Report of the Indian Hemp Drugs Commission, 1894-1895 - Volume VII
Year: 1894
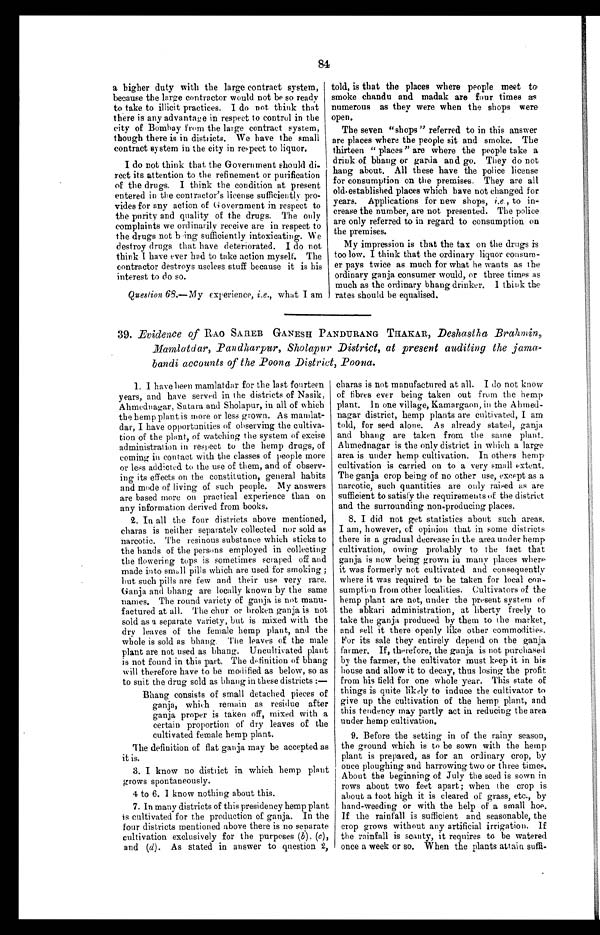
84
a higher duty with the large contract system,
because the large contractor would not be so ready
to take to illicit practices. I do not think that
there is any advantage in respect to control in the
city of Bombay from the large contract system,
though there is in districts. We have the small
contract system in the city in respect to liquor.
I do not think that the Government should di
-
rect its attention to the refinement or purification
of the drugs. I think the condition at present
entered in the contractor's license sufficiently pro-
vides for any action of Government in respect to
the purity and quality of the drugs. The only
complaints we ordinarily receive are in respect to
the drugs not being sufficiently intoxicating. We
destroy drugs that have deteriorated. I do not
think I have ever had to take action myself. The
contractor destroys useless stuff because it is his
interest to do so.
Question 68.—My experience, i.e., what I am
told, is that the places where people meet to
smoke chandu and madak are four times as
numerous as they were when the shops were
open.
The seven "shops" referred to in this answer
are places where the people sit and smoke. The
thirteen "places" are where the people take a
drink of bhang or garda and go. They do not
hang about. All these have the police license
for consumption on the premises. They are all
old. established places which have not changed for
years. Applications for new shops, i.e., to in-
crease the number, are not presented. The police
are only referred to in regard to consumption on
the premises.
My impression is that the tax on the drugs is
too low. I think that the ordinary liquor consum-
er pays twice as much for what he wants as the
ordinary ganja consumer would, or three times as
much as the ordinary bhang drinker. I think the
rates should be equalised.
39. Evidence of R AO SAHEB GANESH PANDURANG THAKAR, Deshastha Brahmin,
Mamlatdar, Pandharpur, Sholapur District, at present auditing the jama
-
bandi accounts of the Poona District, Poona.
1 . I h a v e b e e n m a m l a t d a r f o r t h e l a s t f o u r t e e n
years, and have served in the districts of Nasik,
Ahmednagar, Satara and Sholapur, in all of which
the hemp plant is more or less grown. As mamlat
-
dar, I have opportunities of observing the cultiva-
tion of the plant, of watching the system of excise
administration in respect to the hemp drugs, of
coming in contact with the classes of people more
or less addicted to the use of them, and of observ-
ing its effects on the constitution, general habits
and mode of living of such people. My answers
are based more on practical experience than on
any information derived from books.
2 . I n a l l t h e f o u r d i s t r i c t s a b o v e m e n t i o n e d ,
charas is neither separately collected nor sold as
narcotic. The resinous substance which sticks to
the hands of the persons employed in collecting
the flowering tops is sometimes scraped off and
made into small pills which are used for smoking;
but such pills are few and their use very rare.
G a n j a a n d b h a n g a r e l o c a l l y k n o w n b y t h e s a m e
names. The round variety of ganja is not manu-
factured at all. The chur or broken ganja is not
sold as a separate variety, but is mixed with the
dry leaves of the female hemp plant, and the
whole is sold as bhang. The leaves of the male
plant are not used as bhang. Uncultivated plant
is not found in this part. The definition of bhang
will therefore have to be modified as below, so as
to suit the drug sold as bhang in these districts :—
Bhang consists of small detached pieces of
ganja, which remain as residue after
ganja proper is taken off, mixed with a
certain proportion of dry leaves of the
cultivated female hemp plant.
The definition of flat ganja may be accepted as
it is.
3 . I k n o w n o d i s t r i c t i n w h i c h h e m p p l a n t
grows spontaneously.
4 to 6. I know nothing about this.
7. In many districts of this presidency hemp plant
is cultivated for the production of ganja. In the
four districts mentioned above there is no separate
cultivation exclusively for the purposes (b), (c),
and (d). As stated in answer to question2 ,
charas is not manufactured at all. I do not know
of fibres ever being taken out from the hemp
plant. In one village, Kamargaon, in the Ahmed-
nagar district, hemp plants are cultivated, I am
told, for seed alone. As already stated, ganja
and bhang are taken from the same plant
.
Ahmednagar is the only district in which a large
area is under hemp cultivation. In others hemp
cultivation is carried on to a very small extent.
The ganja crop being of no other use, except as a
narcotic, such quantities are only raised as are
sufficient to satisfy the requirements of the district
and the surrounding non-producing places.
8. I did not get statistics about such areas.
I am, however, of opinion that in some districts
there is a gradual decrease in the area under hemp
cultivation, owing probably to the fact that
ganja is now being grown in many places where
it was formerly not cultivated and consequently
where it was required to be taken for local con
-
sumption from other localities. Cultivators of the
hemp plant are not, under the present system of
the abkari administration, at liberty freely to
take the ganja produced by them to the market,
and sell it there openly like other commodities.
For its sale they entirely depend on the ganja
farmer. If, therefore, the ganja is not purchased
by the farmer, the cultivator must keep it in his
house and allow it to decay, thus losing the profit
from his field for one whole year. This state of
things is quite likely to induce the cultivator to
give up the cultivation of the hemp plant, and
this tendency may partly act in reducing the area
under hemp cultivation
.
9. Before the setting in of the rainy season,
the ground which is to be sown with the hemp
plant is prepared, as for an ordinary crop, by
once ploughing and harrowing two or three times.
About the beginning of July the seed is sown in
rows about two feet apart; when the crop is
about a foot high it is cleared of grass, etc., by
hand-weeding or with the help of a small hoe.
If the rainfall is sufficient and seasonable, the
crop grows without any artificial irrigation. If
the rainfall is scanty, it requires to be watered
once a week or so. When the plants attain suffi-